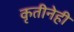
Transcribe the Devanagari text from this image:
कृतीनेही